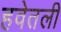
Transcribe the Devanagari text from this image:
हवेतली